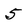
Character: 5